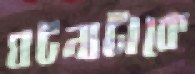
ঘটনাটাকে